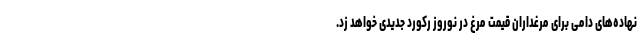
نهاده‌های دامی برای مرغداران قیمت مرغ در نوروز رکورد جدیدی خواهد زد.